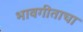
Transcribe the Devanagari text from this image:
भावगीताचा